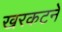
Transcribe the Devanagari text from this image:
खरकटने